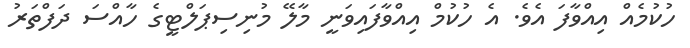
ހުކުމެއް އިއްވާފަ އެވެ. އެ ހުކުމް އިއްވާފައިވަނީ މާލޭ މުނިސިޕަލްޓީގެ ހާއްސަ ދަފްތަރު